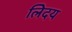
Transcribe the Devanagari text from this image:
लेिदय